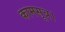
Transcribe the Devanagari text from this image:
कामसूत्र।